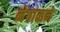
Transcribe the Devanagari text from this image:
नेपाळने